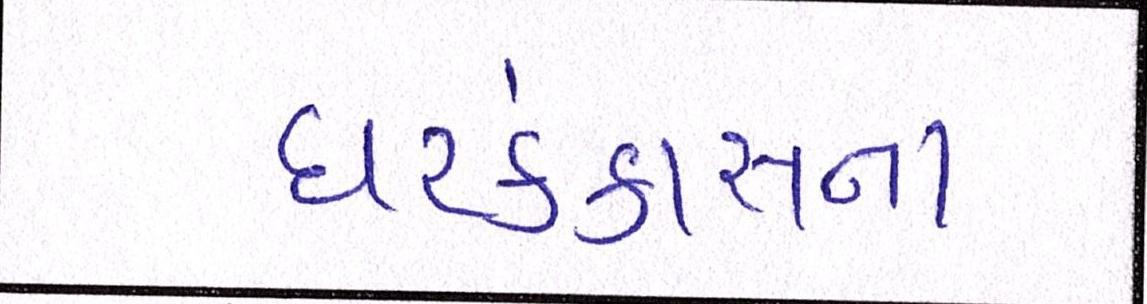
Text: ઘરકંકાસના